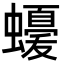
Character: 𮕈